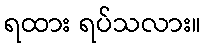
ရထား ရပ်သလား။